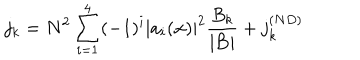
j _ { k } = N ^ { 2 } \sum _ { i = 1 } ^ { 4 } ( - 1 ) ^ { i } | a _ { i } ( { \bf x } ) | ^ { 2 } \frac { B _ { k } } { | { \bf B } | } + j _ { k } ^ { ( N D ) }